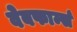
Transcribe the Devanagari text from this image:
वेबफार्म्स